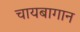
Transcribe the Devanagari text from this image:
चायबागान